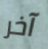
آخر